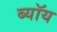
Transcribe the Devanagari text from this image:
ब्यॉय